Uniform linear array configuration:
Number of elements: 8
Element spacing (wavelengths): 1
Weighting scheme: binomial
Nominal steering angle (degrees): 15
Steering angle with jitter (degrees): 13.709
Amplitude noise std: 0.05
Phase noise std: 0.05

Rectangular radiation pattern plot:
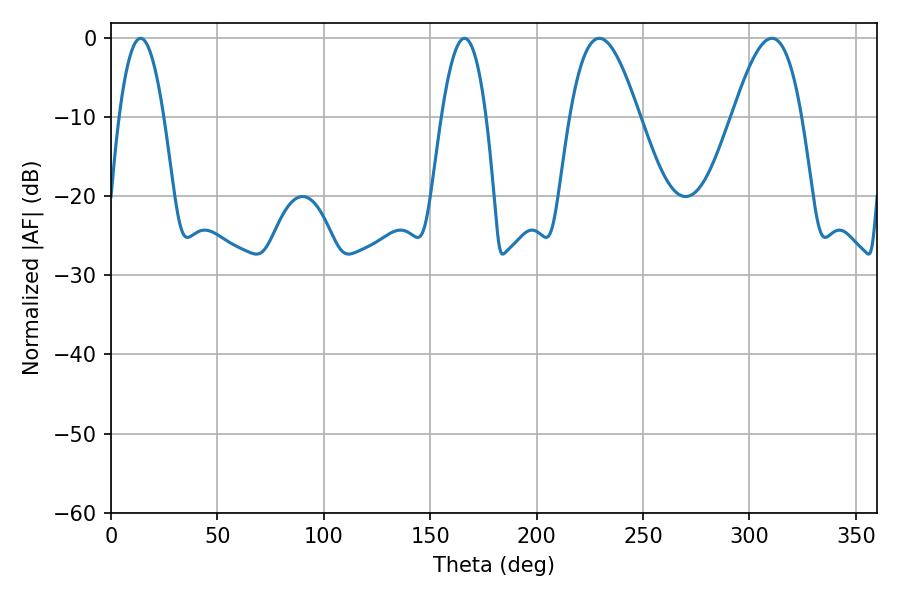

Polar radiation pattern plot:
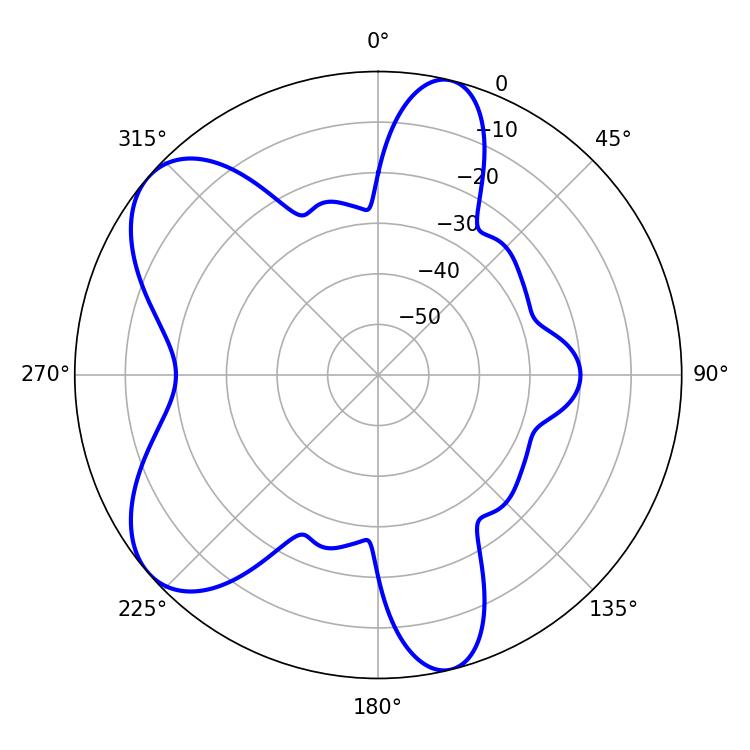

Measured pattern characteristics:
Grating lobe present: TRUE
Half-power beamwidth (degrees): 17.64
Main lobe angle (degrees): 310.5